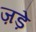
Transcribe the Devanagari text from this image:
ज़ड़े